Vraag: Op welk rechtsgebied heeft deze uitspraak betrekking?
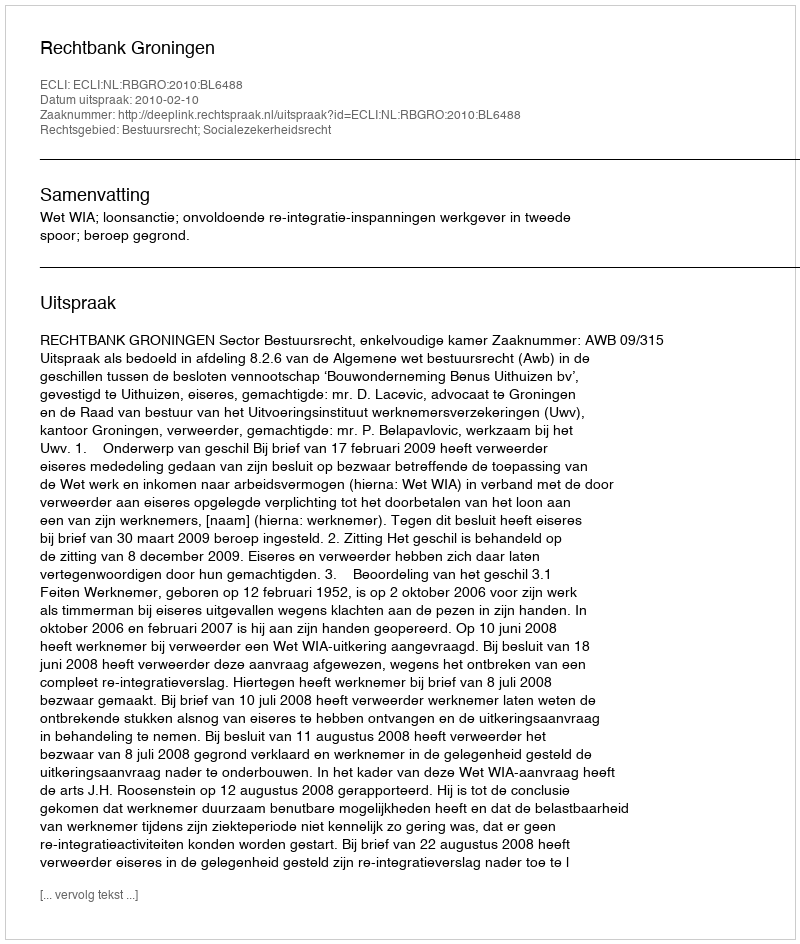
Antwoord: Bestuursrecht; Socialezekerheidsrecht